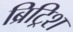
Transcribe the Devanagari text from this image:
ब्रिट्रिश